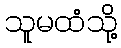
သူမထံသို့